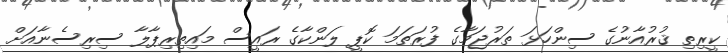
ކީރިތި ޤުރުއާނުގެ ސިންހަޅަ ތަރުޖަމާގެ ފުރަތަމަ ކޮޕީ ލަންކާގެ ރައީސް މައިތިރިޕާލާ ސިރިސެނާއަށް